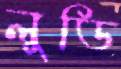
লুডি